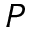
P